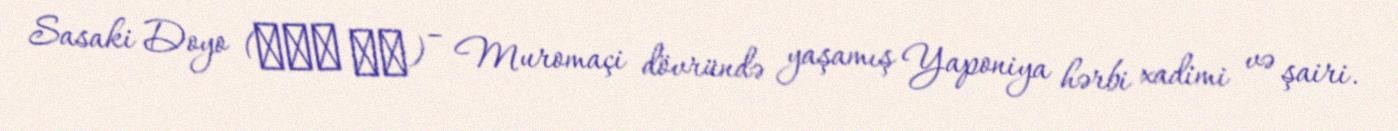
Sasaki Doyo (佐々木 道誉) – Muromaçi dövründə yaşamış Yaponiya hərbi xadimi və şairi.